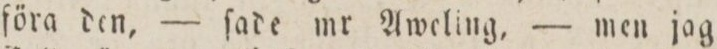
föra den, — ſade mr Aweling, — men jag